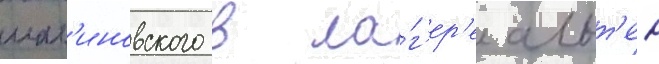
мал'иновского в ла́г'ер'е альт'ен